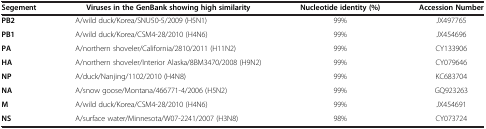
| Segement | Viruses in the GenBank showing high similarity | Nucleotide identity (%) | Accession Number |
 | --- | --- | --- | --- |
 | PB2 | A/wild duck/Korea/SNU50-5/2009 (H5N1) | 99% | JX497765 |
 | PB1 | A/wild duck/Korea/CSM4-28/2010 (H4N6) | 99% | JX454696 |
 | PA | A/northern shoveler/California/2810/2011 (H11N2) | 99% | CY133906 |
 | HA | A/northern shoveler/Interior Alaska/8BM3470/2008 (H9N2) | 99% | CY079646 |
 | NP | A/duck/Nanjing/1102/2010 (H4N8) | 99% | KC683704 |
 | NA | A/snow goose/Montana/466771-4/2006 (H5N2) | 99% | GQ923263 |
 | M | A/wild duck/Korea/CSM4-28/2010 (H4N6) | 99% | JX454691 |
 | NS | A/surface water/Minnesota/W07-2241/2007 (H3N8) | 98% | CY073724 |